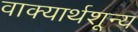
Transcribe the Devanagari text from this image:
वाक्यार्थशून्य